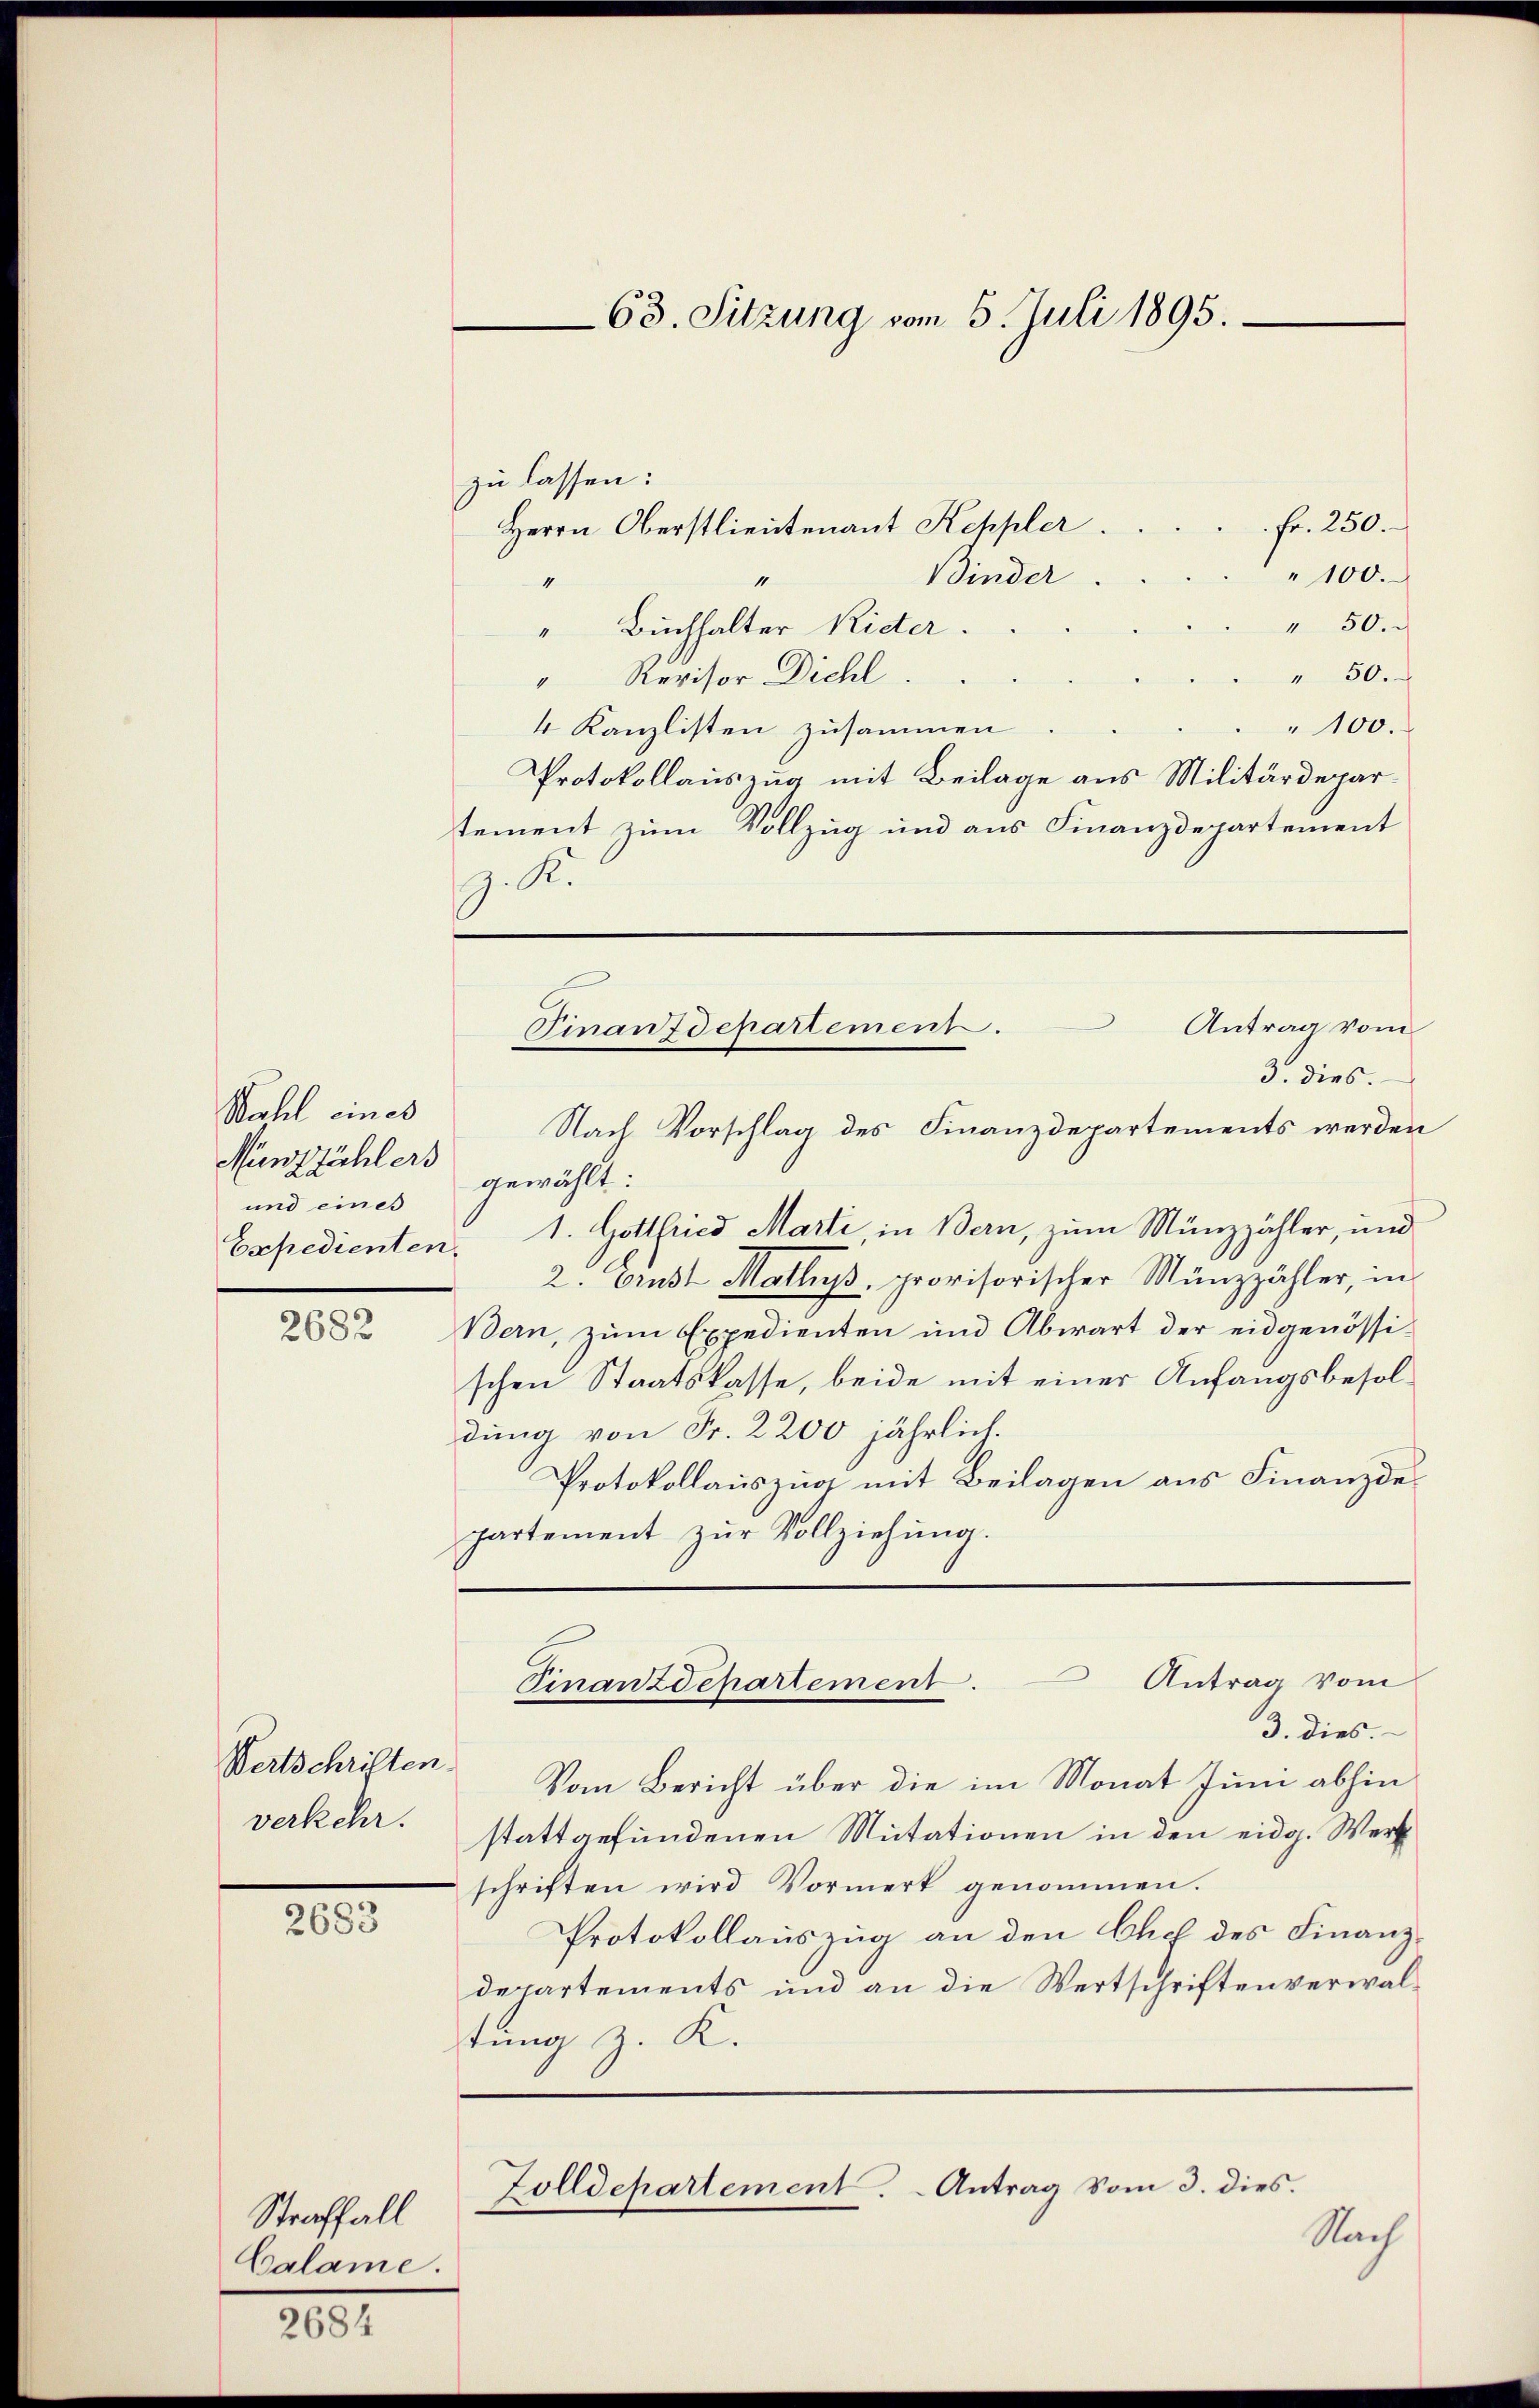
Wahl eines
Münzzählers
und eines

zu lassen:
Fr. 250.
Herrn Oberstlieutenant Keppler.
" 100.
Binder
4
" 50.
" Buchhalter Ritter.
" 50.
" Revisor Dichl.
100.
4 Kanzlisten zusammen
Protokollauszug mit Beilage aus Militärdepartement zum Vollzug und aus Finanzdepartement
.R.
 Antrag vom
3. dies.
gewählt:
Expedienten. 1. Gottfried Marti, in Bern, zum Münzzähler, und
2. Crust Mathys, provisorischer Münzzähler, in
82 Bern, zŭm Expedienten und Abwart der eidgenössi-
schen Staatskasse, beide mit einer Anfangsbesoldung von Fr. 2200 jährlich.
Protokollauszug mit Beilagen aus Finanzdepartement zŭr Vollziehung.
Finanzdepartement. Antrag vom
3. dies.
Vom Bericht über die im Monat Juni abhin
stattgefundenen Mutationen in den eidg. Werk
schriften wird Vormerk genommen.
Protokollauszug an den Chef des Finanzdepartements und an die Wertschriftenverwaltung z. K.
Folldepartement. Antrag vom 3. dies.
Nach

Wertschriften.
verkehr.

2683

Straffall
Calame.

2684

63. Sitzung vom 5. Juli 1895.

Finanzdepartement.
Nach Vorschlag des Finanzdepartements werden